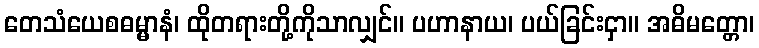
တေသံယေစဓမ္မာနံ၊ ထိုတရားတို့ကိုသာလျှင်။ ပဟာနာယ၊ ပယ်ခြင်းငှာ။ အဓိမတ္တော၊